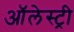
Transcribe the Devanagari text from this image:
ऑलेस्ट्री